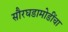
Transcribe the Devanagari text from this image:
सौरघडामोडींचा